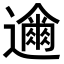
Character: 𮟞